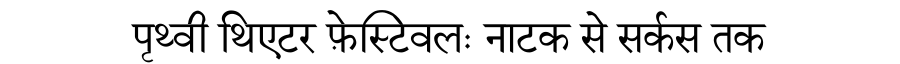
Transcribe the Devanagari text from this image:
पृथ्वी थिएटर फ़ेस्टिवलः नाटक से सर्कस तक